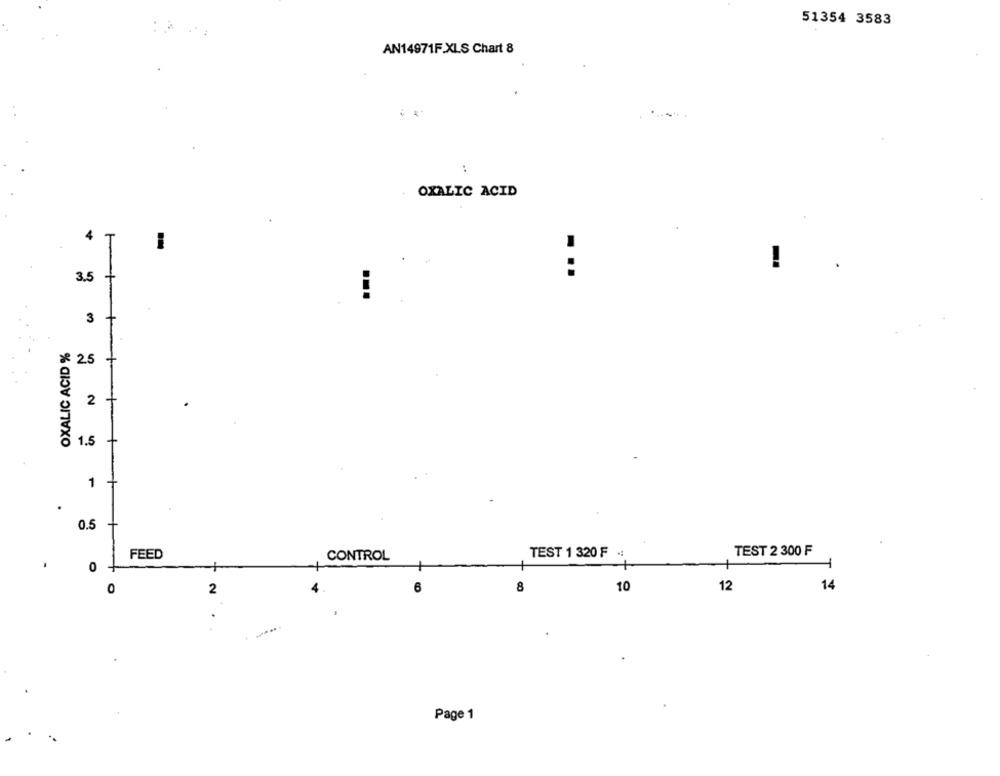
51354 3583
AN14971F.XLS Chart 8
:
OXALIC ACID
4
T
3.5
+
...
3
OXALIC ACID %
× 2.5
2
1.5
1
0.5
TEST 2 300 F
FEED
CONTROL
TEST 1 320 F 4
.
0
T
0
2
6
8
10
12
14
Page 1